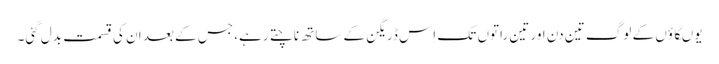
یوںگاؤں کے لوگ تین دن اور تین راتوں تک اِس ڈریگن کے ساتھ ناچتے رہے، جس کے بعد ان کی قسمت بدل گئی۔